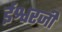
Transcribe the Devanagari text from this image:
ईश्वरजी